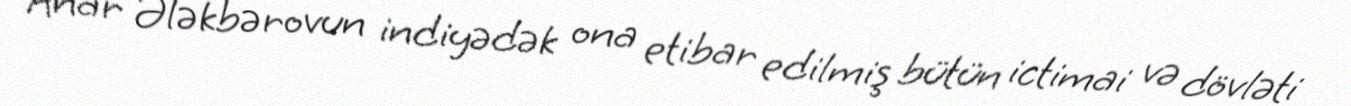
Anar Ələkbərovun indiyədək ona etibar edilmiş bütün ictimai və dövləti